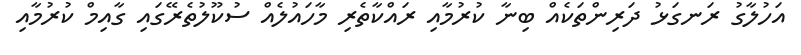
އަހުލާގު ރަނގަޅު ދަރިންތަކެއް ބިނާ ކުރުމާއި ރައްކާތެރި މާހައުލެއް ސުކޫލުތެރޭގައި ގާއިމް ކުރުމާއި